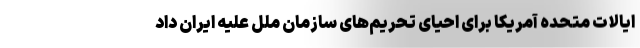
ایالات متحده آمریکا برای احیای تحریم‌های سازمان ملل علیه ایران داد